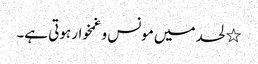
٭ لحد میں مونس و غمخوار ہوتی ہے۔